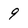
Character: 9